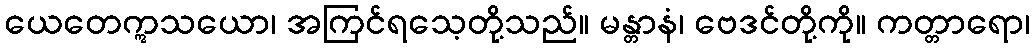
ယေတေဣသယော၊ အကြင်ရသေ့တို့သည်။ မန္တာနံ၊ ဗေဒင်တို့ကို။ ကတ္တာရော၊